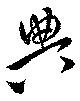
典